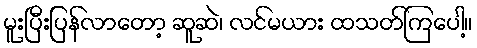
မူးပြီးပြန်လာတော့ ဆူဆဲ၊ လင်မယား ထသတ်ကြပေါ့။